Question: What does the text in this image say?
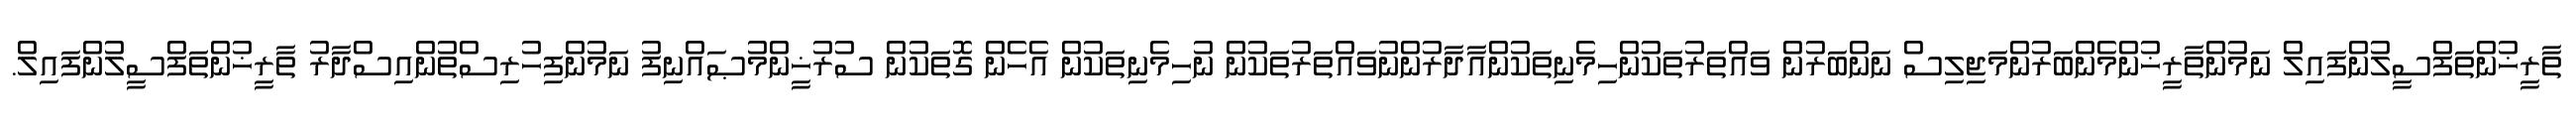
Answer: ތާރީޚުންތަފްސީލުންފައިލް ނަމުންތާރީޚުންމެންބަރުންމަޖިލިސް ނަންބަރުން ވައްތަރުތަކުންހިމެނިތަކުންއާދާރުންނުވައްތަރުތަކުން ނުހިމެނިތަކުން އެހެން ގޮތަކުން ސުރުޚީންމުޞައްނިފު ނަމުންފިހުރިސްތުންއިސްދާރު ތާރީޚުންތަފްސީލުންފައިލް.